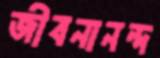
জীবনানন্দ